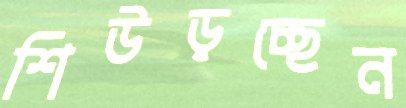
শিউড়চ্ছেন